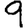
Digit: 9